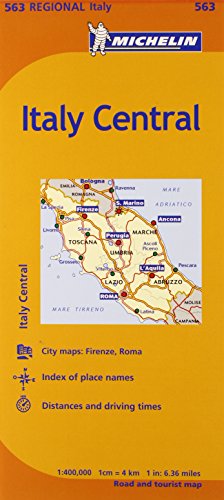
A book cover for Michelin Road Map No. 563 Toscana - Umbria - Lazio - Marche - Abruzzo (Italy); Travel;